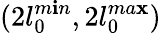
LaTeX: (2l_{0}^{m\mathbf{i}n},2l_{0}^{ma\mathbf{x}})